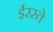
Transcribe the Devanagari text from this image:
ईरस्ते